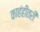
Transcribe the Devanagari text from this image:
काहंहींतरी